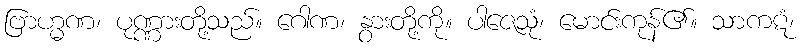
ဗြာဟ္မဏ၊ ပုဏ္ဏားတို့သည်။ ဂေါဏ၊ နွားတို့ကို။ ပါဇေသုံ၊ မောင်းကုန်၏။ သာကဋံ၊